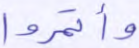
وأتمروا